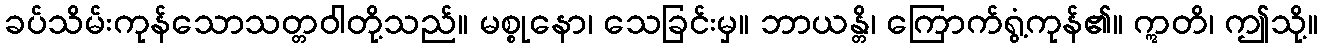
ခပ်သိမ်းကုန်သောသတ္တဝါတို့သည်။ မစ္စုနော၊ သေခြင်းမှ။ ဘာယန္တိ၊ ကြောက်ရွံ့ကုန်၏။ ဣတိ၊ ဤသို့။